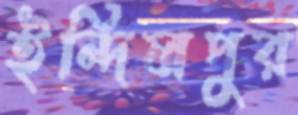
ইন্দিলপুর